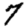
Digit: 7